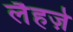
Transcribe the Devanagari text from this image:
लैहज़े